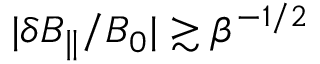
| \delta B _ { \parallel } / B _ { 0 } | \gtrsim \beta ^ { - 1 / 2 }